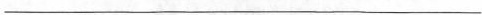
___